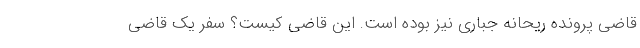
قاضی پرونده ریحانه جباری نیز بوده است. این قاضی کیست؟ سفر یک قاضی